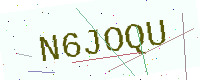
Text: N6JOQU